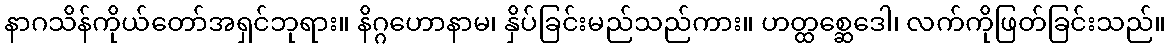
နာဂသိန်ကိုယ်တော်အရှင်ဘုရား။ နိဂ္ဂဟောနာမ၊ နှိပ်ခြင်းမည်သည်ကား။ ဟတ္ထစ္ဆေဒေါ၊ လက်ကိုဖြတ်ခြင်းသည်။